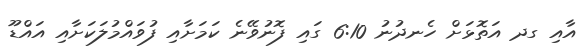
އާއި ގދ އަތޮޅަށް ހެނދުނު 6:10 ގައި ފޮނުވޭނެ ކަމަށާއި ފުވައްމުލަކަށާއި އައްޑޫ